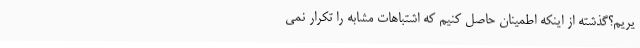
یریم؟گذشته از اینکه اطمینان حاصل کنیم که اشتباهات مشابه را تکرار نمی